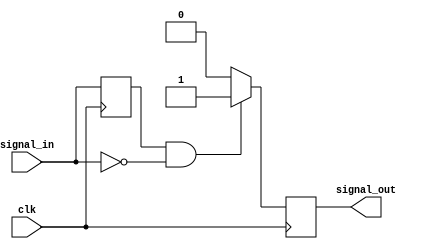
module negative_edge_detector (
    input wire clk,            // Clock signal
    input wire signal_in,      // Input signal to be monitored
    output reg signal_out      // Output signal indicating negative edge detection
);

    reg previous_state;        // Register to store the previous state of signal_in

    always @(posedge clk) begin
        // Update previous_state with the current signal_in value
        previous_state <= signal_in;

        // Detect negative edge
        if (previous_state == 1'b1 && signal_in == 1'b0) begin
            signal_out <= 1'b1; // Set output high for one clock cycle
        end else begin
            signal_out <= 1'b0; // Reset output
        end
    end

endmodule